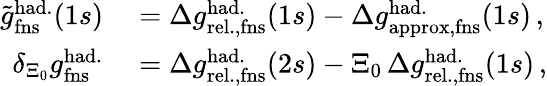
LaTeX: \begin{array}{rl}{\tilde{g}_{\mathrm{fns}}^{\mathrm{had.}}(1s)}&{{}=\Delta{g}_{\mathrm{rel.,fns}}^{\mathrm{had.}}(1s)-\Delta{g}_{\mathrm{approx,fns}}^{\mathrm{had.}}(1s)\, ,}\\ {\delta_{\Xi_{0}}g_{\mathrm{fns}}^{\mathrm{had.}}}&{{}=\Delta{g}_{\mathrm{rel.,fns}}^{\mathrm{had.}}(2s)-\Xi_{0}\, \Delta{g}_{\mathrm{rel.,fns}}^{\mathrm{had.}}(1s)\, ,}\end{array}